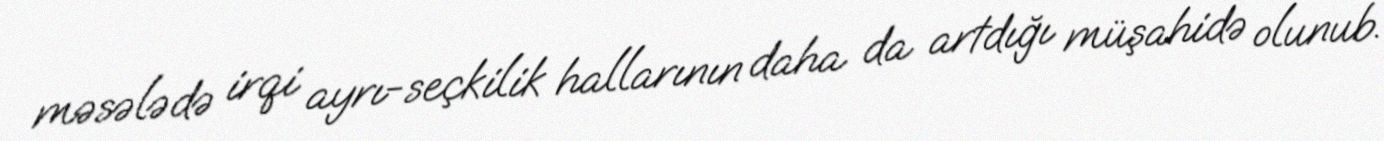
məsələdə irqi ayrı-seçkilik hallarının daha da artdığı müşahidə olunub.